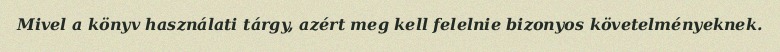
Mivel a könyv használati tárgy, azért meg kell felelnie bizonyos követelményeknek.